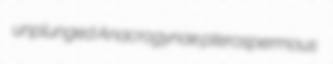
unplunged Anacrogynae pterospermous